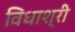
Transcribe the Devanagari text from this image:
विधाश्री